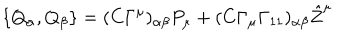
\{ Q _ { \alpha } , Q _ { \beta } \} = ( C \Gamma ^ { \mu } ) _ { \alpha \beta } P _ { \mu } + ( C \Gamma _ { \mu } \Gamma _ { 1 1 } ) _ { \alpha \beta } { \hat { Z } } ^ { \mu }